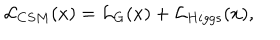
{ \cal L } _ { C S M } ( x ) = { \cal L } _ { G } ( x ) + { \cal L } _ { H i g g s } ( x ) ,